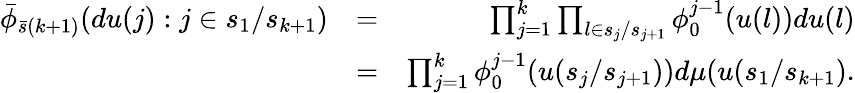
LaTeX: \begin{array}{rlr}{\bar{\phi}_{\bar{s}(k+1)}(du(j):j\in s_{1}/s_{k+1})}&{=}&{\prod_{j=1}^{k}\prod_{l\in s_{j}/s_{j+1}}\phi_{0}^{j-1}(u(l))du(l)}\\ &{=}&{\prod_{j=1}^{k}\phi_{0}^{j-1}(u(s_{j}/s_{j+1}))d\mu(u(s_{1}/s_{k+1}).}\end{array}